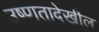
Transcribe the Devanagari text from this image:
उष्णतादेखील